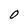
Character: 0